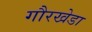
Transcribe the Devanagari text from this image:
गौरखेडा